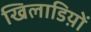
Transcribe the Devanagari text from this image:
खिलाडिय़ों